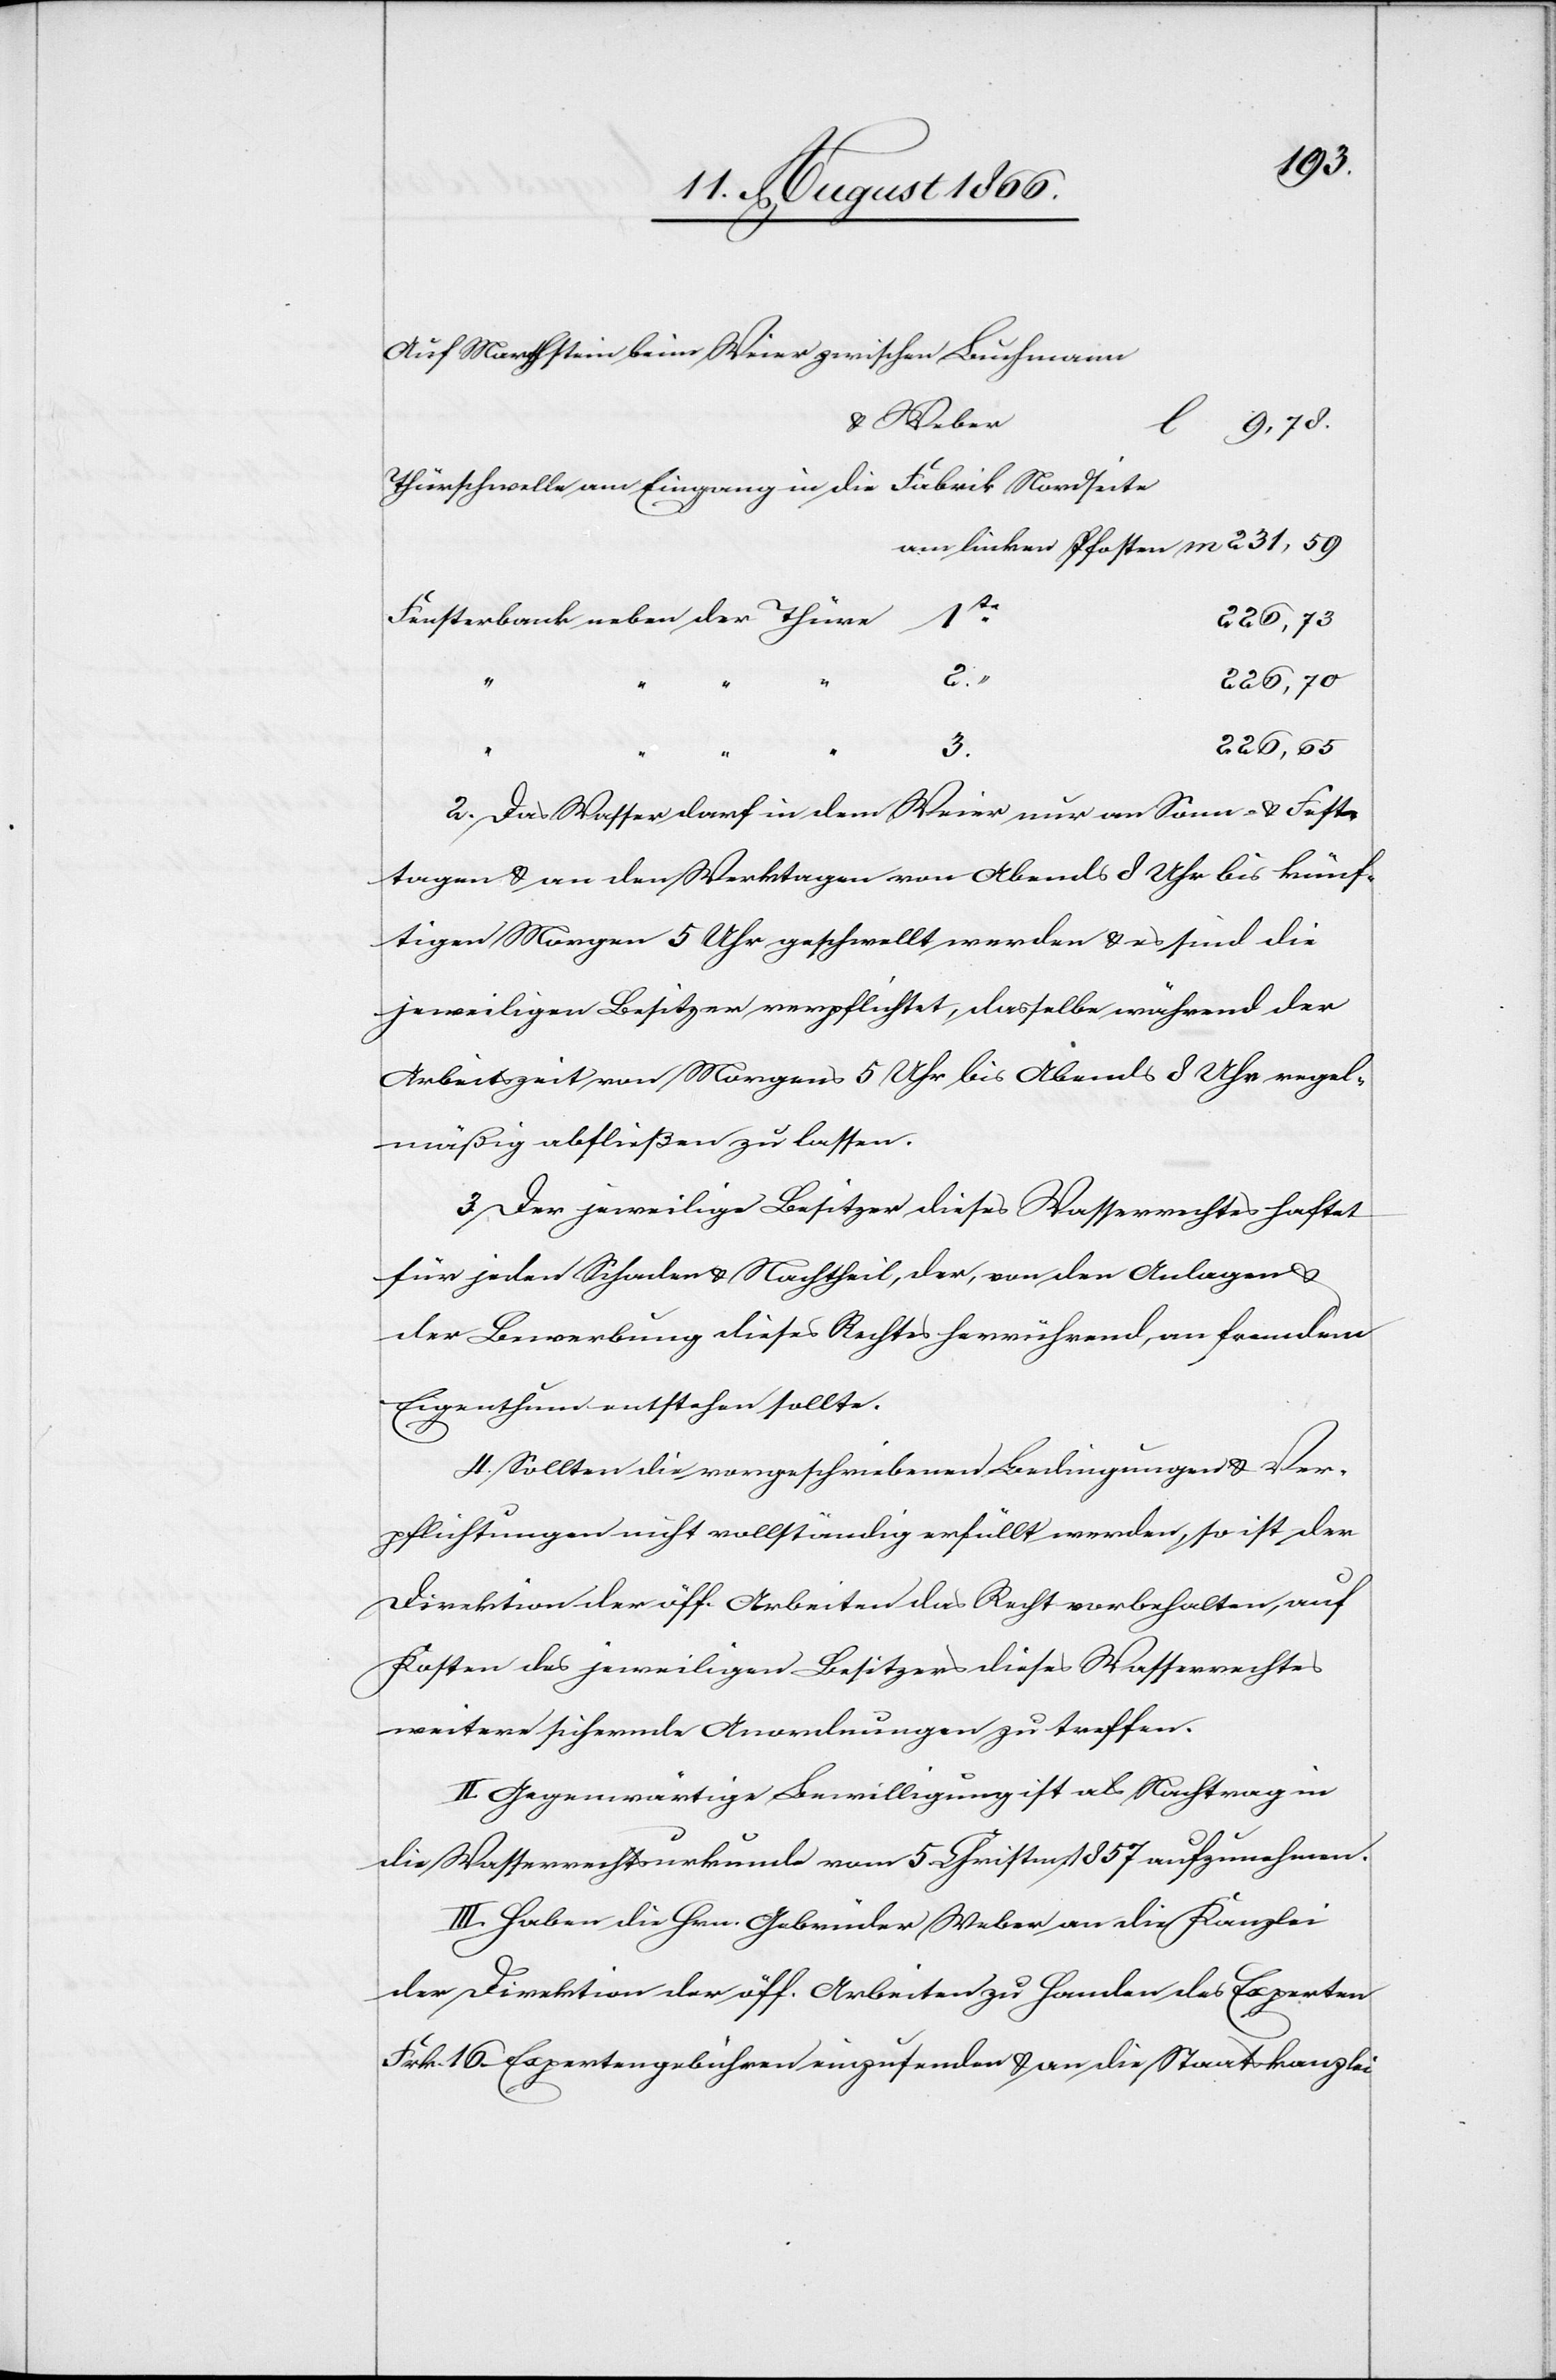
Auf Marchstein beim Weier zwischen Buhmann
u. Weber
l
9,78.
Thürschwelle am Eingang in die Fabrik Nordseite
Fensterbank neben der Thüre	1te.
220,73
“ “
226,70
226,65
2. Das Wasser darf in dem Weier nur an Sonn- u. Fest¬
tagen u. an den Werktagen von Abends 8 Uhr bis künf¬
tigen Morgen 5 Uhr geschwellt werden u. es sind die
jeweiligen Besitzer verpflichtet, dasselbe während der
Arbeitszeiten von Morgens 5 Uhr bis Abends 8 Uhr regel¬
mäßig abfließen zu lassen.
3. Der jeweilige Besitzer dieses Wasserrechtes haftet
für jeden Schaden u. Nachtheil, der, von den Anlagen u.
der Bewerbung dieses Rechtes herrührend, an fremdem
Eigenthum entstehen sollte.
4. Sollten die vorgeschriebenen Bedingungen u. Ve¬
rpflichtungen nicht vollständig erfüllt werden, so ist der
Direktion der öff. Arbeiten das Recht vorbehalten, auf
Kosten des jeweiligen Besitzers dieses Wasserrechtes
weitere sichernde Anordnungen zu treffen.
II. Gegenwärtige Bewilligung ist als Nachtrag in
die Wasserrechtsurkunde vom 5. Christm. 1857 aufzunehmen.
III. Haben die Hrn. Gebrüder Weber an die Kanzlei
der Direktion der öff. Arbeiten zu Handen des Experten
Frk. 16. Expertengebühren einzusenden u. an die Staatskanzlei